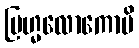
ဗြဟ္မလောကောပိ